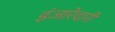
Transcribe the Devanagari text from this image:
इंजारेदारी